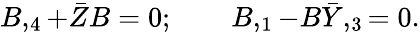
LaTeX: B,_{4}+\bar{Z}B=0;\qquad B,_{1}-B\bar{Y},_{3}=0.